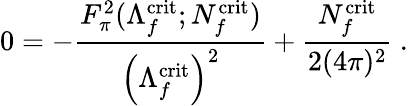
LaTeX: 0=-\frac{F_{\pi}^{2}(\Lambda_{f}^{\mathrm{crit}};N_{f}^{\mathrm{crit}})}{\left(\Lambda_{f}^{\mathrm{crit}}\right)^{2}}+\frac{N_{f}^{\mathrm{crit}}}{2(4\pi)^{2}}\ .